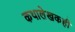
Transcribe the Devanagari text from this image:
कथालेखकही